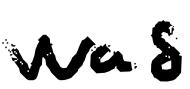
Text: was
Cross-out: clean
Writing tool: digital_black